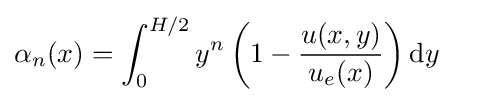
{\alpha _{n}}(x)=\int _{0}^{H/2}{y^{n}\left(1-{u(x,y) \over u_{e}(x)}\right)\mathrm {d} y}\quad